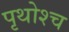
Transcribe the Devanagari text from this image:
पृथोश्च